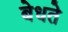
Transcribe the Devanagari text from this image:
बेधते